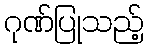
ဂုဏ်ပြုသည့်